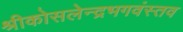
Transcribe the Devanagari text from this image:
श्रीकोसलेन्द्रभगवंस्तव